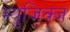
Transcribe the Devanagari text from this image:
म्युजिक्ज